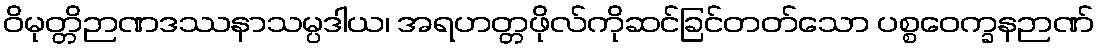
ဝိမုတ္တိဉာဏဒဿနာသမ္ပဒါယ၊ အရဟတ္တဖိုလ်ကိုဆင်ခြင်တတ်သော ပစ္စဝေက္ခနဉာဏ်